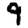
Digit: 9